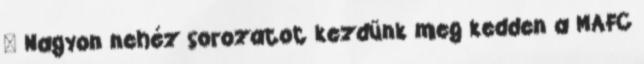
– Nagyon nehéz sorozatot kezdünk meg kedden a MAFC